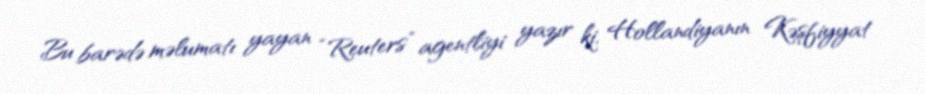
Bu barədə məlumatı yayan “Reuters” agentliyi yazır ki, Hollandiyanın Kəşfiyyat